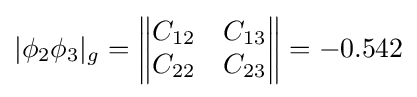
|\phi _{2}\phi _{3}|_{g}={\begin{Vmatrix}C_{12}&C_{13}\\C_{22}&C_{23}\\\end{Vmatrix}}=-0.542